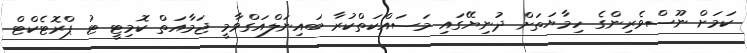
ކަމަށް ނޫސްވެރިންގެ ހިމާޔަތަށް ދުނިޔޭގައި މަސައްކަތްކުރާ ބައިނަލްއަގްވާމީ ޖަމާއަތް ކޮމިޓީ ޓު ޕްރޮޓެކްޓް